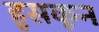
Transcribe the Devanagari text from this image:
हूसकून